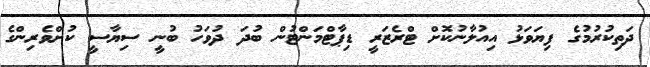
ދަތިކުރުމުގެ ފިޔަވަޅު އިއުލާނުކޮށް ޓްރެޒަރީ ޑިޕާޓްމަންޓުން ބުދަ ދުވަހު ބުނީ ސިޔާސީ ކުށްވެރިންގެ